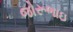
જોરૂભાઇ